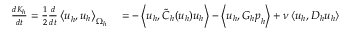
\begin{array} { r l } { \frac { d K _ { h } } { d t } = \frac { 1 } { 2 } \frac { d } { d t } \left< \boldsymbol { u } _ { h } , \boldsymbol { u } _ { h } \right> _ { \Omega _ { h } } } & { { } = - \left< \boldsymbol { u } _ { h } , \widetilde { C } _ { h } ( \boldsymbol { u } _ { h } ) \boldsymbol { u } _ { h } \right> - \left< \boldsymbol { u } _ { h } , G _ { h } \boldsymbol { p } _ { h } \right> + \nu \left< \boldsymbol { u } _ { h } , D _ { h } \boldsymbol { u } _ { h } \right> } \end{array}